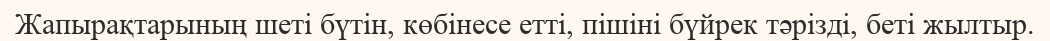
Жапырақтарының шеті бүтін, көбінесе етті, пішіні бүйрек тәрізді, беті жылтыр.